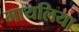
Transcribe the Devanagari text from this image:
मायलिया